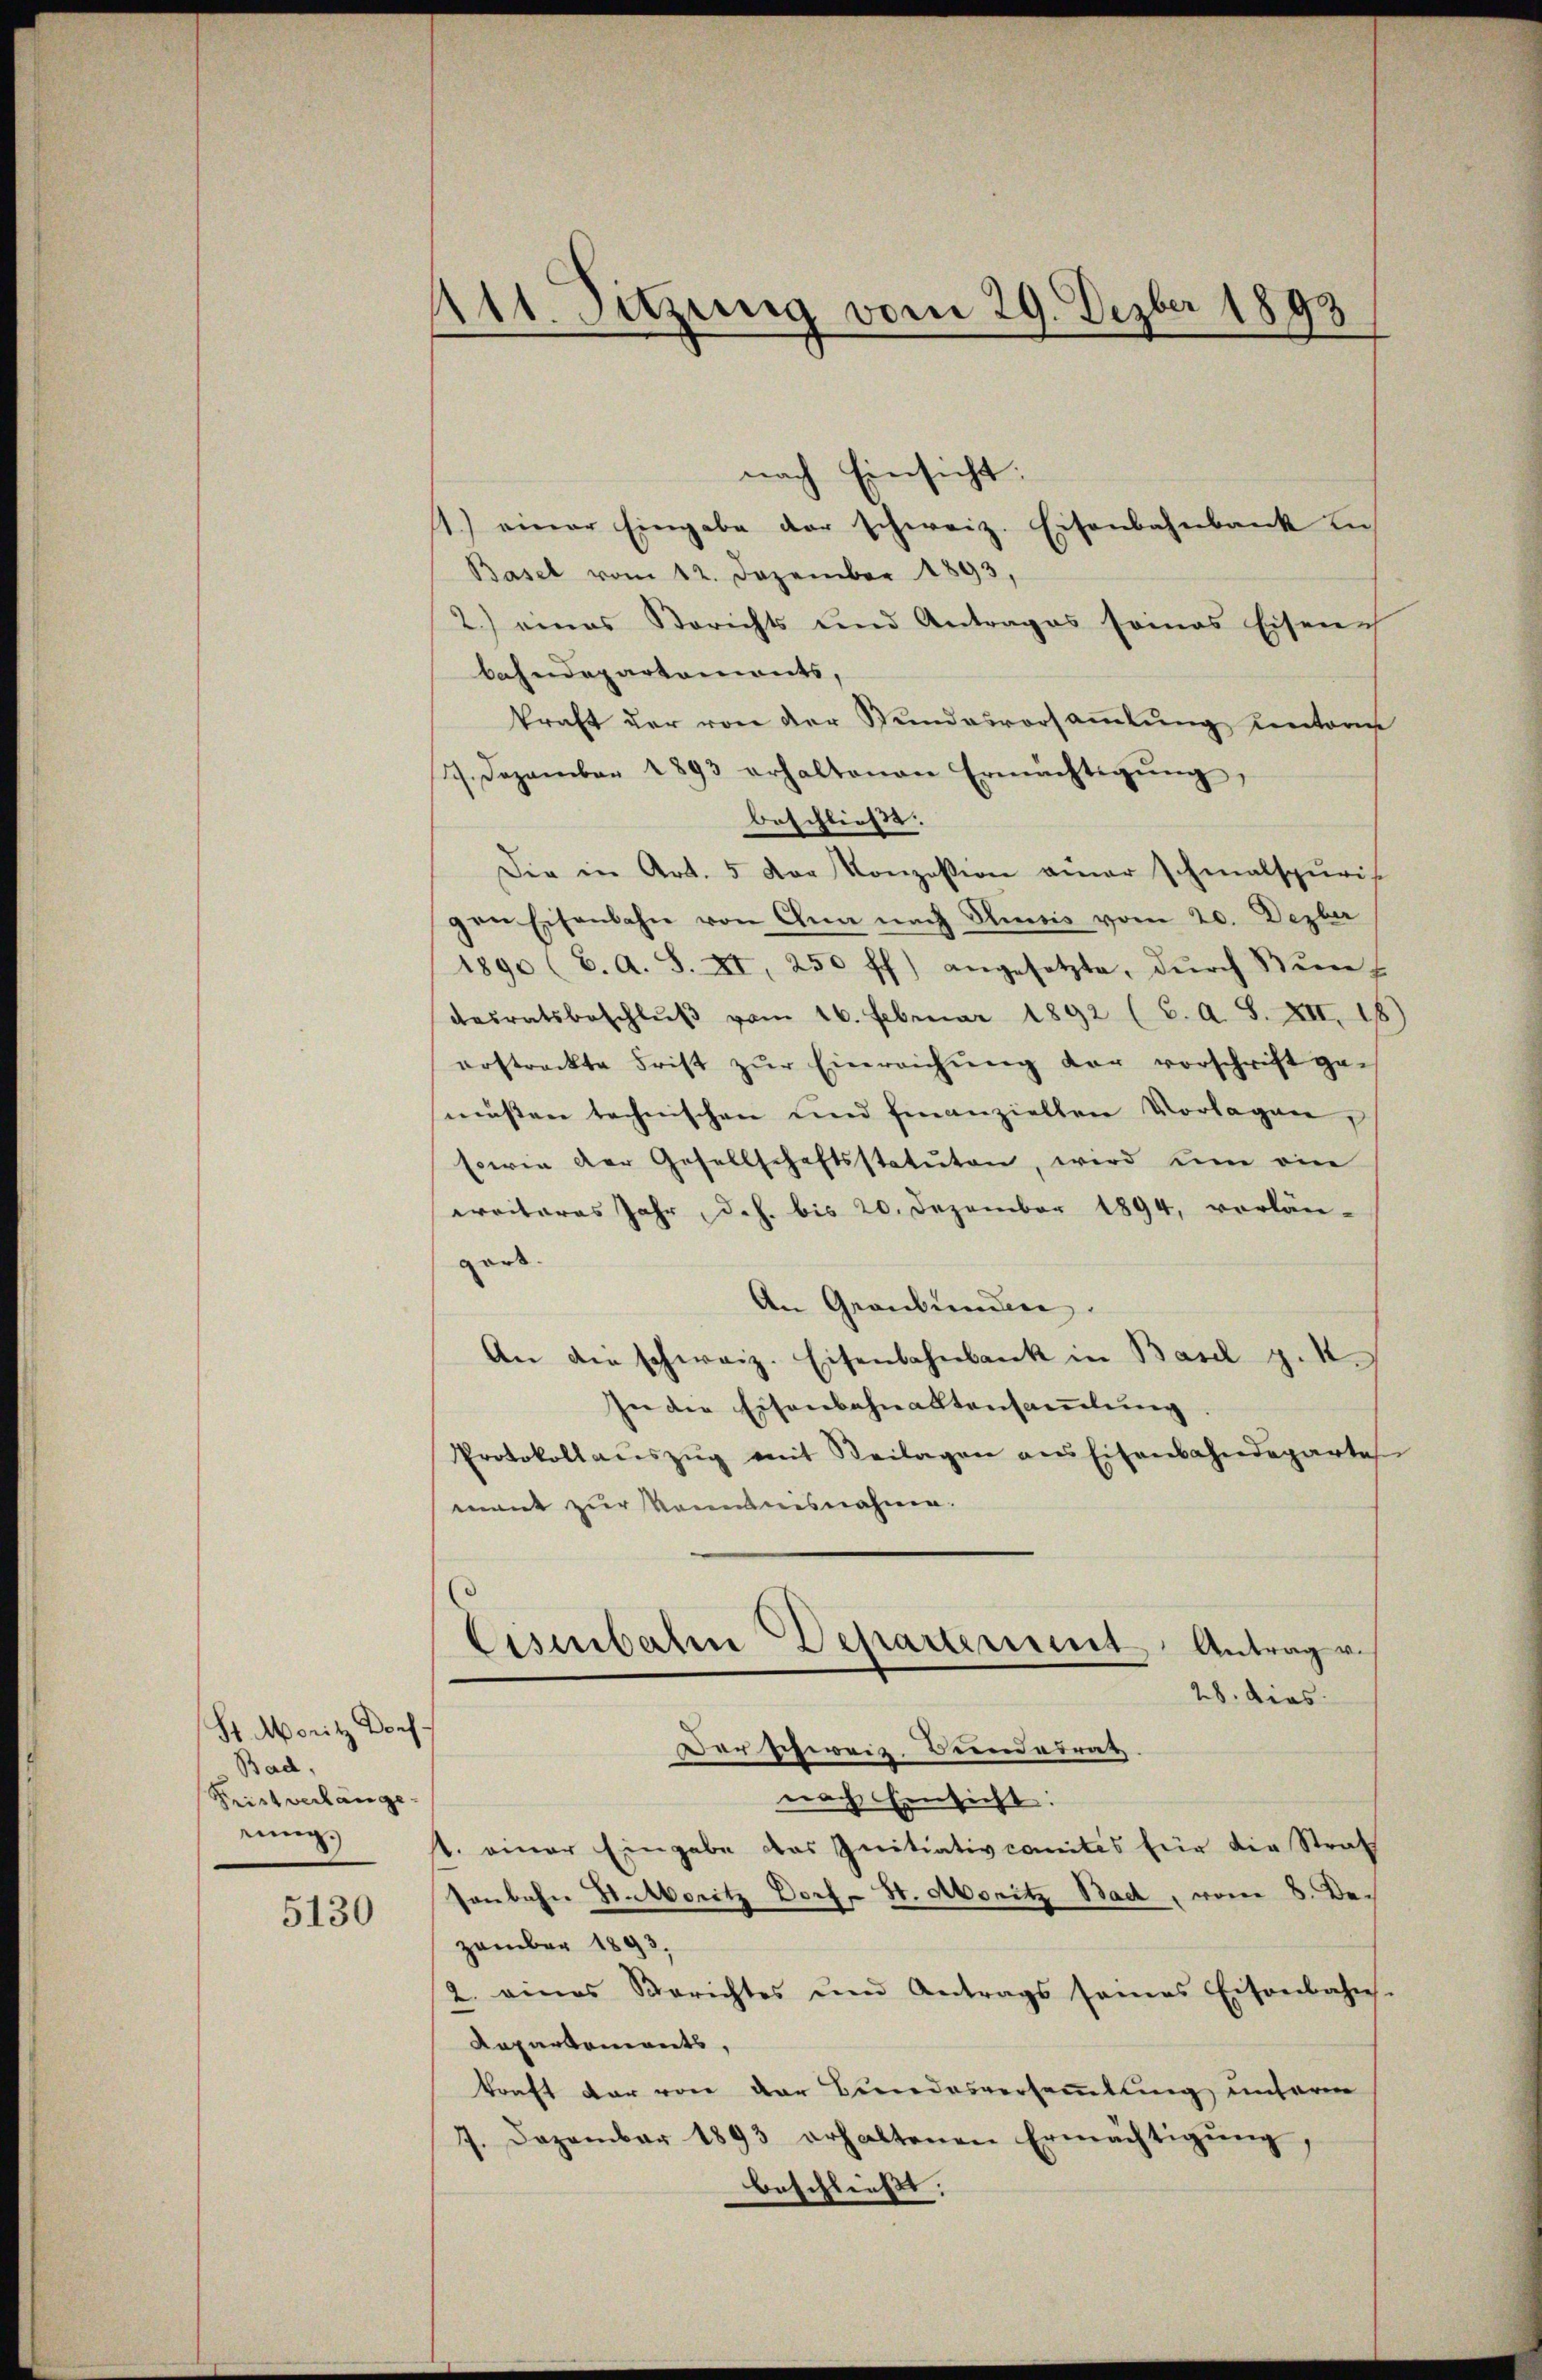
St. Moritz Dorf
Bad,
Krist verlange-
rung.

5130

11. Setzung vom 29. Dezber 1893

nach Einsicht:
1.) einer Eingabe der schweiz. Eisenbahnbank in
Basel vom 12. Dezember 1893,
2.) eines Berichts und Antrages seines Eisen
bahndepartements,
kraft der von der Stundesversaṁlŭng unteres
7. Dezember 1893 erhaltenen Ermächtigŭng
beschließe. |
Die in Art. 5 der Konzession amer schmalspuris
gen Eisenbahn von Gna nach Susis vom 20. Dezber
1890 (C. A. S. XI, 250 ff.) angesetzte, dŭrch Kŭn-
desratsbeschlŭβ vom 16. Februar 1892 (C. A. S. XII. 18
erstreckte Frist zŭr Einreichŭng der vorschrift ge-
müssen technischen und finanziellen Vorlagen,
sowie der Gesellschaftsstatuten, wird ein ein
weiteres Jahr, d.h. bis 20. Dezember 1894, vorläu-
gars.
An Graubünden.
An die schweiz. Eisenbahnbank in Basel z.4.
In die Eisenbahnaktensammlung
Protokollaŭszŭg mit Beilagen ans Eisenbahndeparte
mant zur kommnisnahme.
(
Eisenbahn Departement Antrag vo
28. dies
Dar schweiz. Biendadrat
nach Einsicht.
t. einer Eingabe das Initiativcomités für die Straf
senbahn St. Moritz Dorf, St. Monitz Bad, vom 8. Dezember 1893.
2. eines Berichtes und Antrags seines Eisenbahn.
Repartements,
kraft dar von der Bundesversammlung unterm
7. Dezember 1893 erhaltenen Ermächtigung,
beschließt: